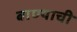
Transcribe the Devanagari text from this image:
बाण्याची